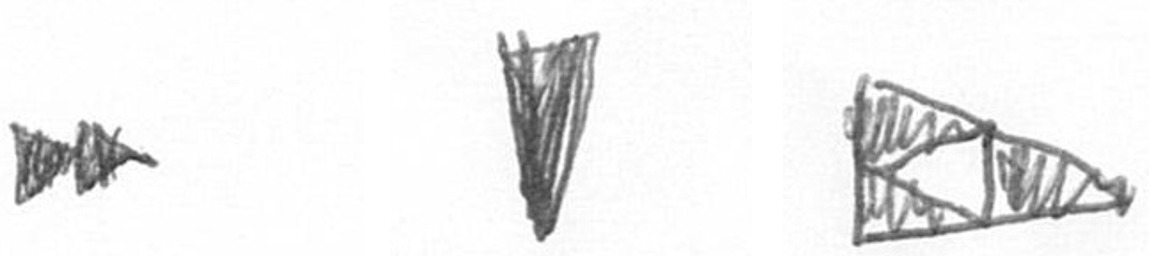
A J K